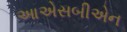
આએસબીએન